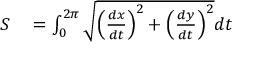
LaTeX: \begin{array} { r l } { S } & { { } = \int _ { 0 } ^ { 2 \pi } { \sqrt { \left( { \frac { d x } { d t } } \right) ^ { 2 } + \left( { \frac { d y } { d t } } \right) ^ { 2 } } } d t } \end{array}